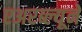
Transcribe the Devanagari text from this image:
एअरब्ल्यूने